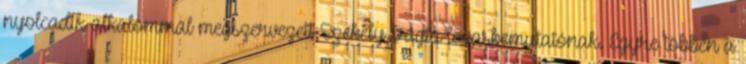
nyolcadik alkalommal megszervezett Székely Vágta lovasbemutatónak. Egyre többen a